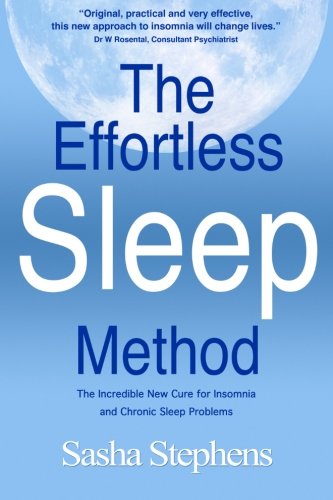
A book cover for The Effortless Sleep Method:  The Incredible New Cure for Insomnia and Chronic Sleep Problems; Sasha Stephens; Health, Fitness & Dieting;